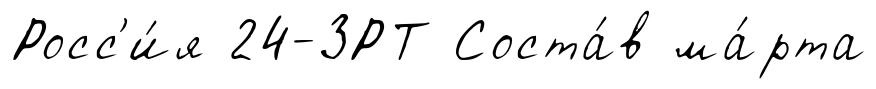
Росс'и́я 24-ЗРТ Соста́в ма́рта